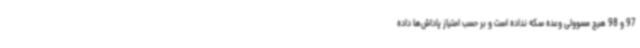
97 و 98 هیچ مسوولی وعده سکه نداده است و بر حسب امتیاز پاداش‌ها داده